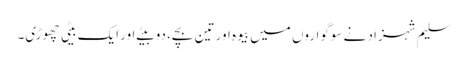
سلیم شہزاد نے سوگواروں میں بیوہ اور تین بچے، دو بیٹے اور ایک بیٹی چھوڑی۔